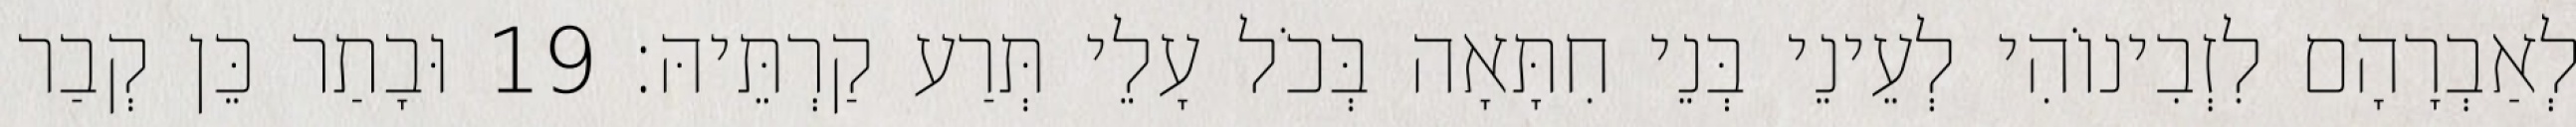
לְאַבְרָהָם לִזְבִינוֹהִי לְעֵינֵי בְּנֵי חִתָּאָה בְּכֹל עָלֵי תְּרַע קַרְתֵּיהּ׃ 19 וּבָתַר כֵּן קְבַר